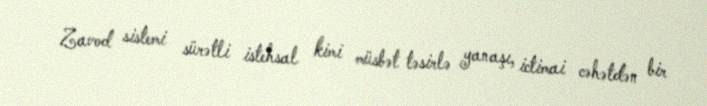
Zavod sistemi sürətli istehsal kimi müsbət təsirlə yanaşı, ictimai cəhətdən bir